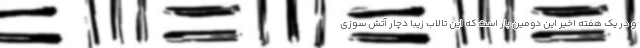
و در یک هفته اخیر این دومین بار است که این تالاب زیبا دچار آتش سوزی